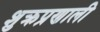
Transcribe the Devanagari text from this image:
शुक्रप्रणाली